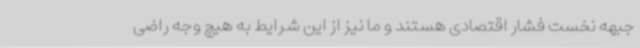
جبهه نخست فشار اقتصادی هستند و ما نیز از این شرایط به هیچ وجه راضی